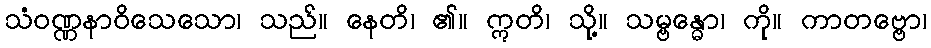
သံဝဏ္ဏနာဝိသေသော၊ သည်။ နေတိ၊ ၏။ ဣတိ၊ သို့။ သမ္ဗန္ဓော၊ ကို။ ကာတဗ္ဗော၊